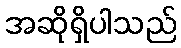
အဆိုရှိပါသည်